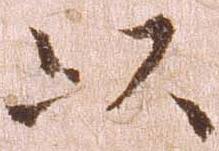
以